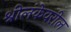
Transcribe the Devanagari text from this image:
श्रीलंकेवरील